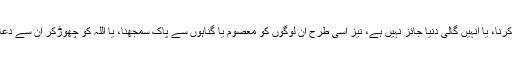
اہلِ بیت کی شان میں گستاخی کرنا، یا انہیں گالی دنیا جائز نہیں ہے، نیز اسی طرح ان لوگوں کو معصوم یا گناہوں سے پاک سمجھنا، یا اللہ کو چھوڑکر ان سے دعائیں مانگنا بھی جائز نہیں ہے۔